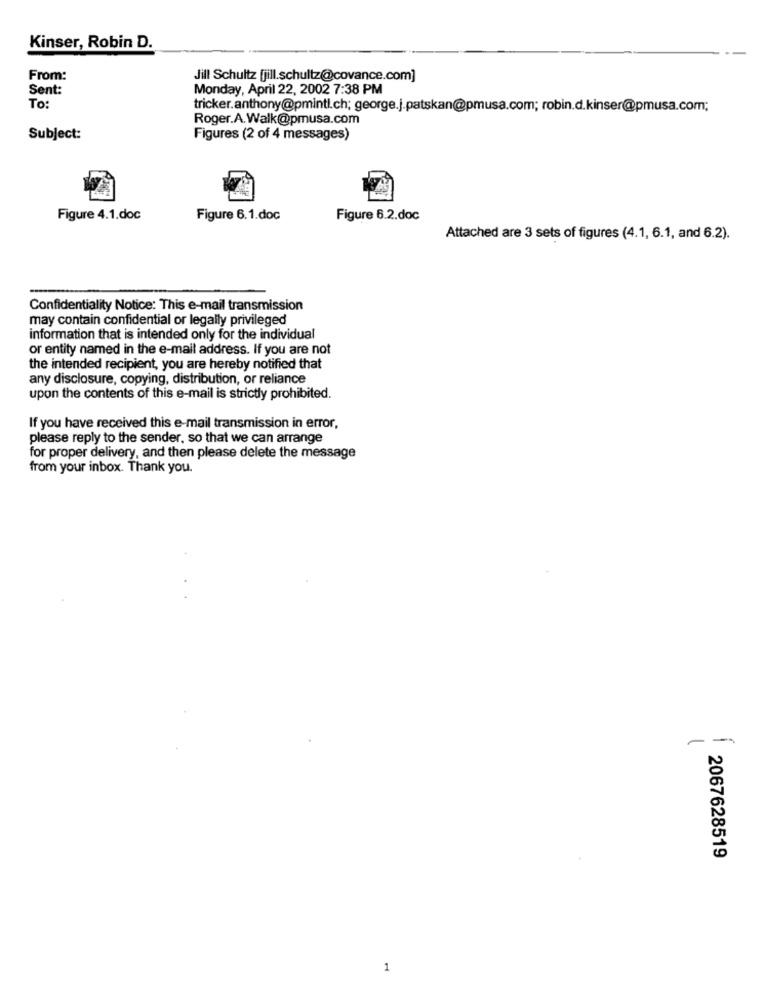
Kinser, Robin D.
From:
Jill Schultz [jill.schultz@covance.com]
Sent:
Monday, April 22, 2002 7:38 PM
To:
tricker.anthony@pmintl.ch; george.j.patskan@pmusa.com; robin.d.kinser@pmusa.com;
Roger.A.Walk@pmusa.com
Subject:
Figures (2 of 4 messages)
Figure 4.1.doc
Figure 6.1.doc
Figure 6.2.doc
Attached are 3 sets of figures (4.1, 6.1, and 6.2).
Confidentiality Notice: This e-mail transmission
may contain confidential or legally privileged
information that is intended only for the individual
or entity named in the e-mail address. If you are not
the intended recipient, you are hereby notified that
any disclosure, copying, distribution, or reliance
upon the contents of this e-mail is strictly prohibited.
If you have received this e-mail transmission in error,
please reply to the sender, so that we can arrange
for proper delivery, and then please delete the message
from your inbox. Thank you.
--
2067628519
1